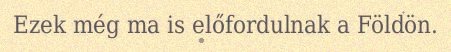
Ezek még ma is előfordulnak a Földön.